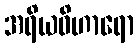
အရိယဝိဟာရော